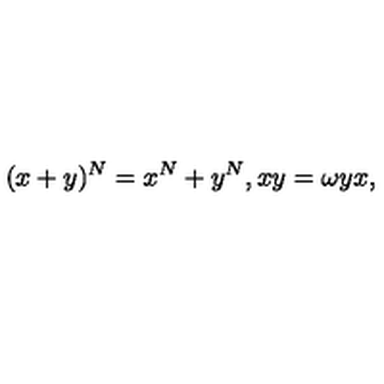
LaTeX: ( x + y ) ^ { N } = x ^ { N } + y ^ { N } , x y = \omega y x ,